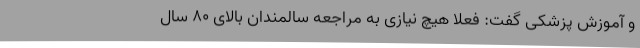
و آموزش پزشکی گفت: فعلا هیچ نیازی به مراجعه سالمندان بالای ۸۰ سال